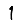
Digit: 1